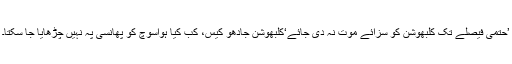
’حتمی فیصلے تک کلبھوشن کو سزائے موت نہ دی جائے‘کلبھوشن جادھو کیس، کب کیا ہواسوچ کو پھانسی پہ نہیں چڑھایا جا سکتا۔